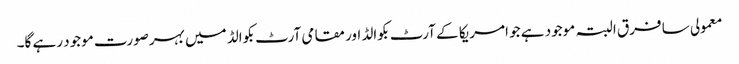
معمولی سا فرق البتہ موجود ہے جو امریکا کے آرٹ بکوالڈ اور مقامی آرٹ بکوالڈ میں بہرصورت موجود رہے گا۔